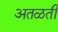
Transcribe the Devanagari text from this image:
अतळती